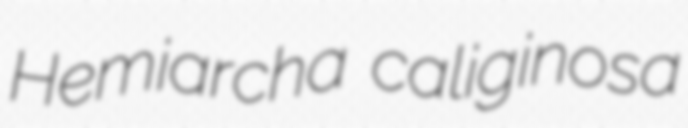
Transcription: Hemiarcha caliginosa